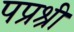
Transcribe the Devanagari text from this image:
पप्रश्री